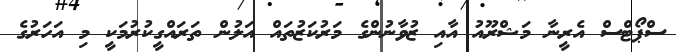
ސްޕޯޓްސް އެރީނާ މަޝްރޫއު އާއި ޒުވާނުންގެ މަރުކަޒުތައް އަލުން ތަރައްގީކުރުމަކީ މި އަހަރުގެ